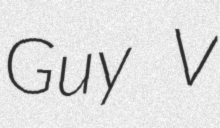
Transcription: Guy V